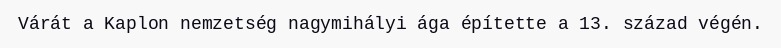
Várát a Kaplon nemzetség nagymihályi ága építette a 13. század végén.